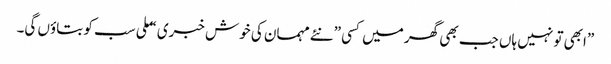
”ابھی تو نہیں ہاں جب بھی گھر میں کسی ”نئے مہمان کی خوش خبری “ ملی سب کو بتاوٴں گی۔